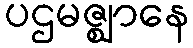
ပဌမဇ္ဈာနေ